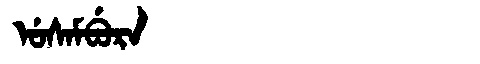
Manchu: ᡠᠰᠠᠮᠪᡠᡵᠠ
Romanization: USAMBURA